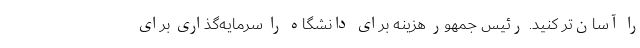
را آسان‌تر کنید. رئیس جمهور هزینه برای دانشگاه را سرمایه‌گذاری برای